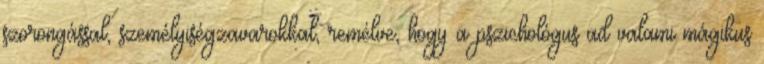
szorongással, személyiségzavarokkal, remélve, hogy a pszichológus ad valami mágikus